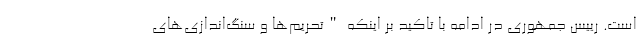
است. رییس جمهوری در ادامه با تاکید بر اینکه "تحریم‌ها و سنگ‌اندازی‌های